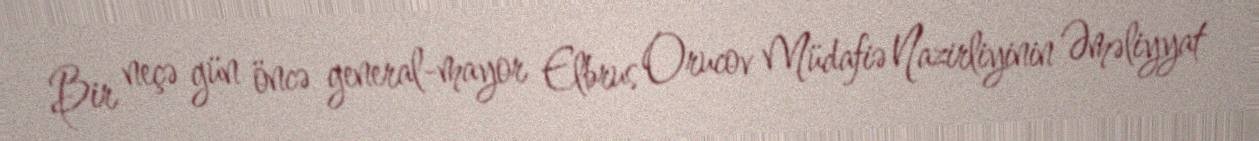
Bir neçə gün öncə general-mayor Elbrus Orucov Müdafiə Nazirliyinin Əməliyyat